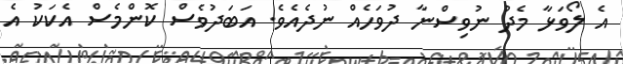
އެ ލޯވަޅާ މެދު ނުވިސްނާ ދުވަހެއް ނުދެއެވެ. އަބަދުވެސް ކޮންމެސް އެކަކު އެ